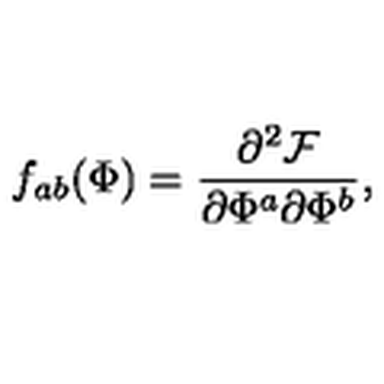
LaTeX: f _ { a b } ( \Phi ) = \frac { \partial ^ { 2 } { \cal F } } { \partial \Phi ^ { a } \partial \Phi ^ { b } } ,